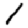
Digit: 1